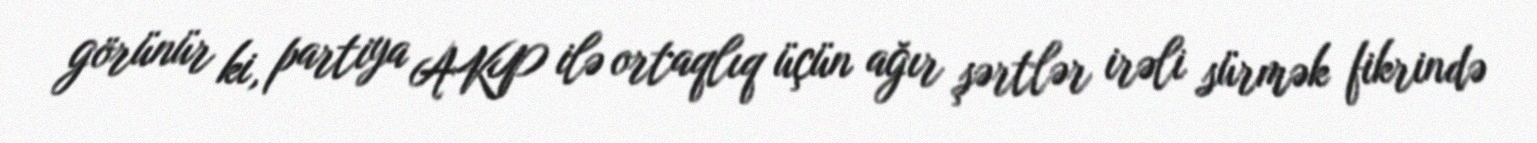
görünür ki, partiya AKP ilə ortaqlıq üçün ağır şərtlər irəli sürmək fikrində